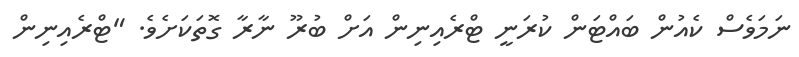
ނަމަވެސް ކެއުން ބައްޓަން ކުރަނީ ޓްރެއިނިން އަށް ބުރޫ ނާރާ ގޮތަކަށެވެ. "ޓްރެއިނިން